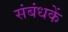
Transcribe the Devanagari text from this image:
संबंधकें